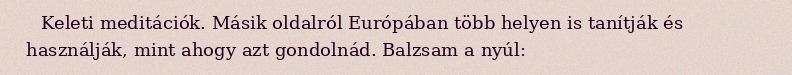
Keleti meditációk. Másik oldalról Európában több helyen is tanítják és használják, mint ahogy azt gondolnád. Balzsam a nyúl: